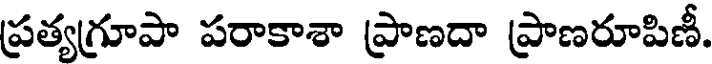
ప్రత్యగ్రూపా పరాకాశా ప్రాణదా ప్రాణరూపిణీ.